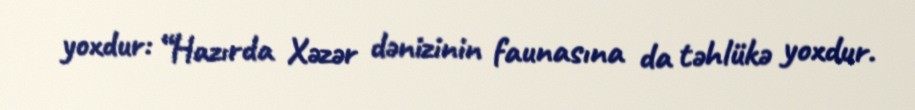
yoxdur: “Hazırda Xəzər dənizinin faunasına da təhlükə yoxdur.